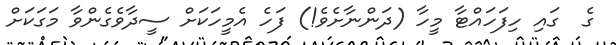
ގެ  ގައި ހިފަހައްޓާ މީހާ (ދަންނާށެވެ!) ފަހެ އެމީހަކަށް ސީދާވެގެންވާ މަގަކަށް